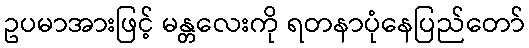
ဥပမာအားဖြင့် မန္တလေးကို ရတနာပုံနေပြည်တော်